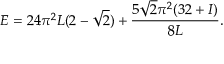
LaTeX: E = 2 4 \pi ^ { 2 } L ( 2 - \sqrt { 2 } ) + \frac { 5 \sqrt { 2 } \pi ^ { 2 } ( 3 2 + { \cal I } ) } { 8 L } .